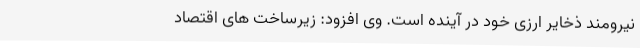
نیرومند ذخایر ارزی خود در آینده است. وی افزود: زیرساخت های اقتصاد